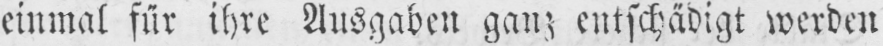
einmal für ihre Ausgaben ganz entschädigt werden